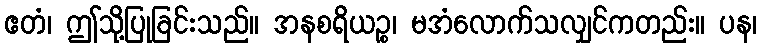
ဧတံ၊ ဤသို့ပြုခြင်းသည်။ အနစရိယဉ္စ၊ မအံလောက်သလျှင်ကတည်း။ ပန၊